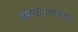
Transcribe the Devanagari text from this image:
बसवन्नास्वभाव